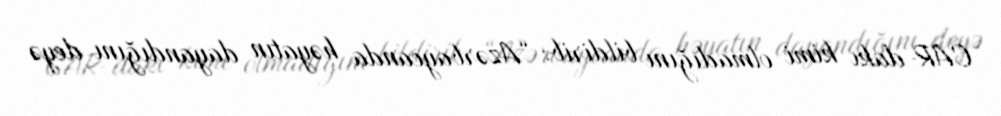
CAR-dakı kimi olmadığını bildirib: “Azərbaycanda həyatın dayandığını deyə